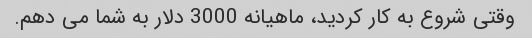
وقتی شروع به کار کردید، ماهیانه 3000 دلار به شما می دهم.